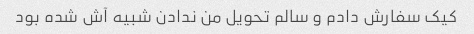
کیک سفارش دادم و سالم تحویل من ندادن شبیه آش شده بود